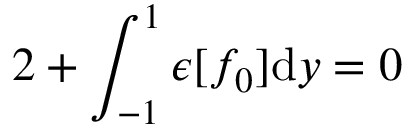
2 + \int _ { - 1 } ^ { 1 } \epsilon [ f _ { 0 } ] \mathrm { d } y = 0